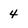
Character: 4